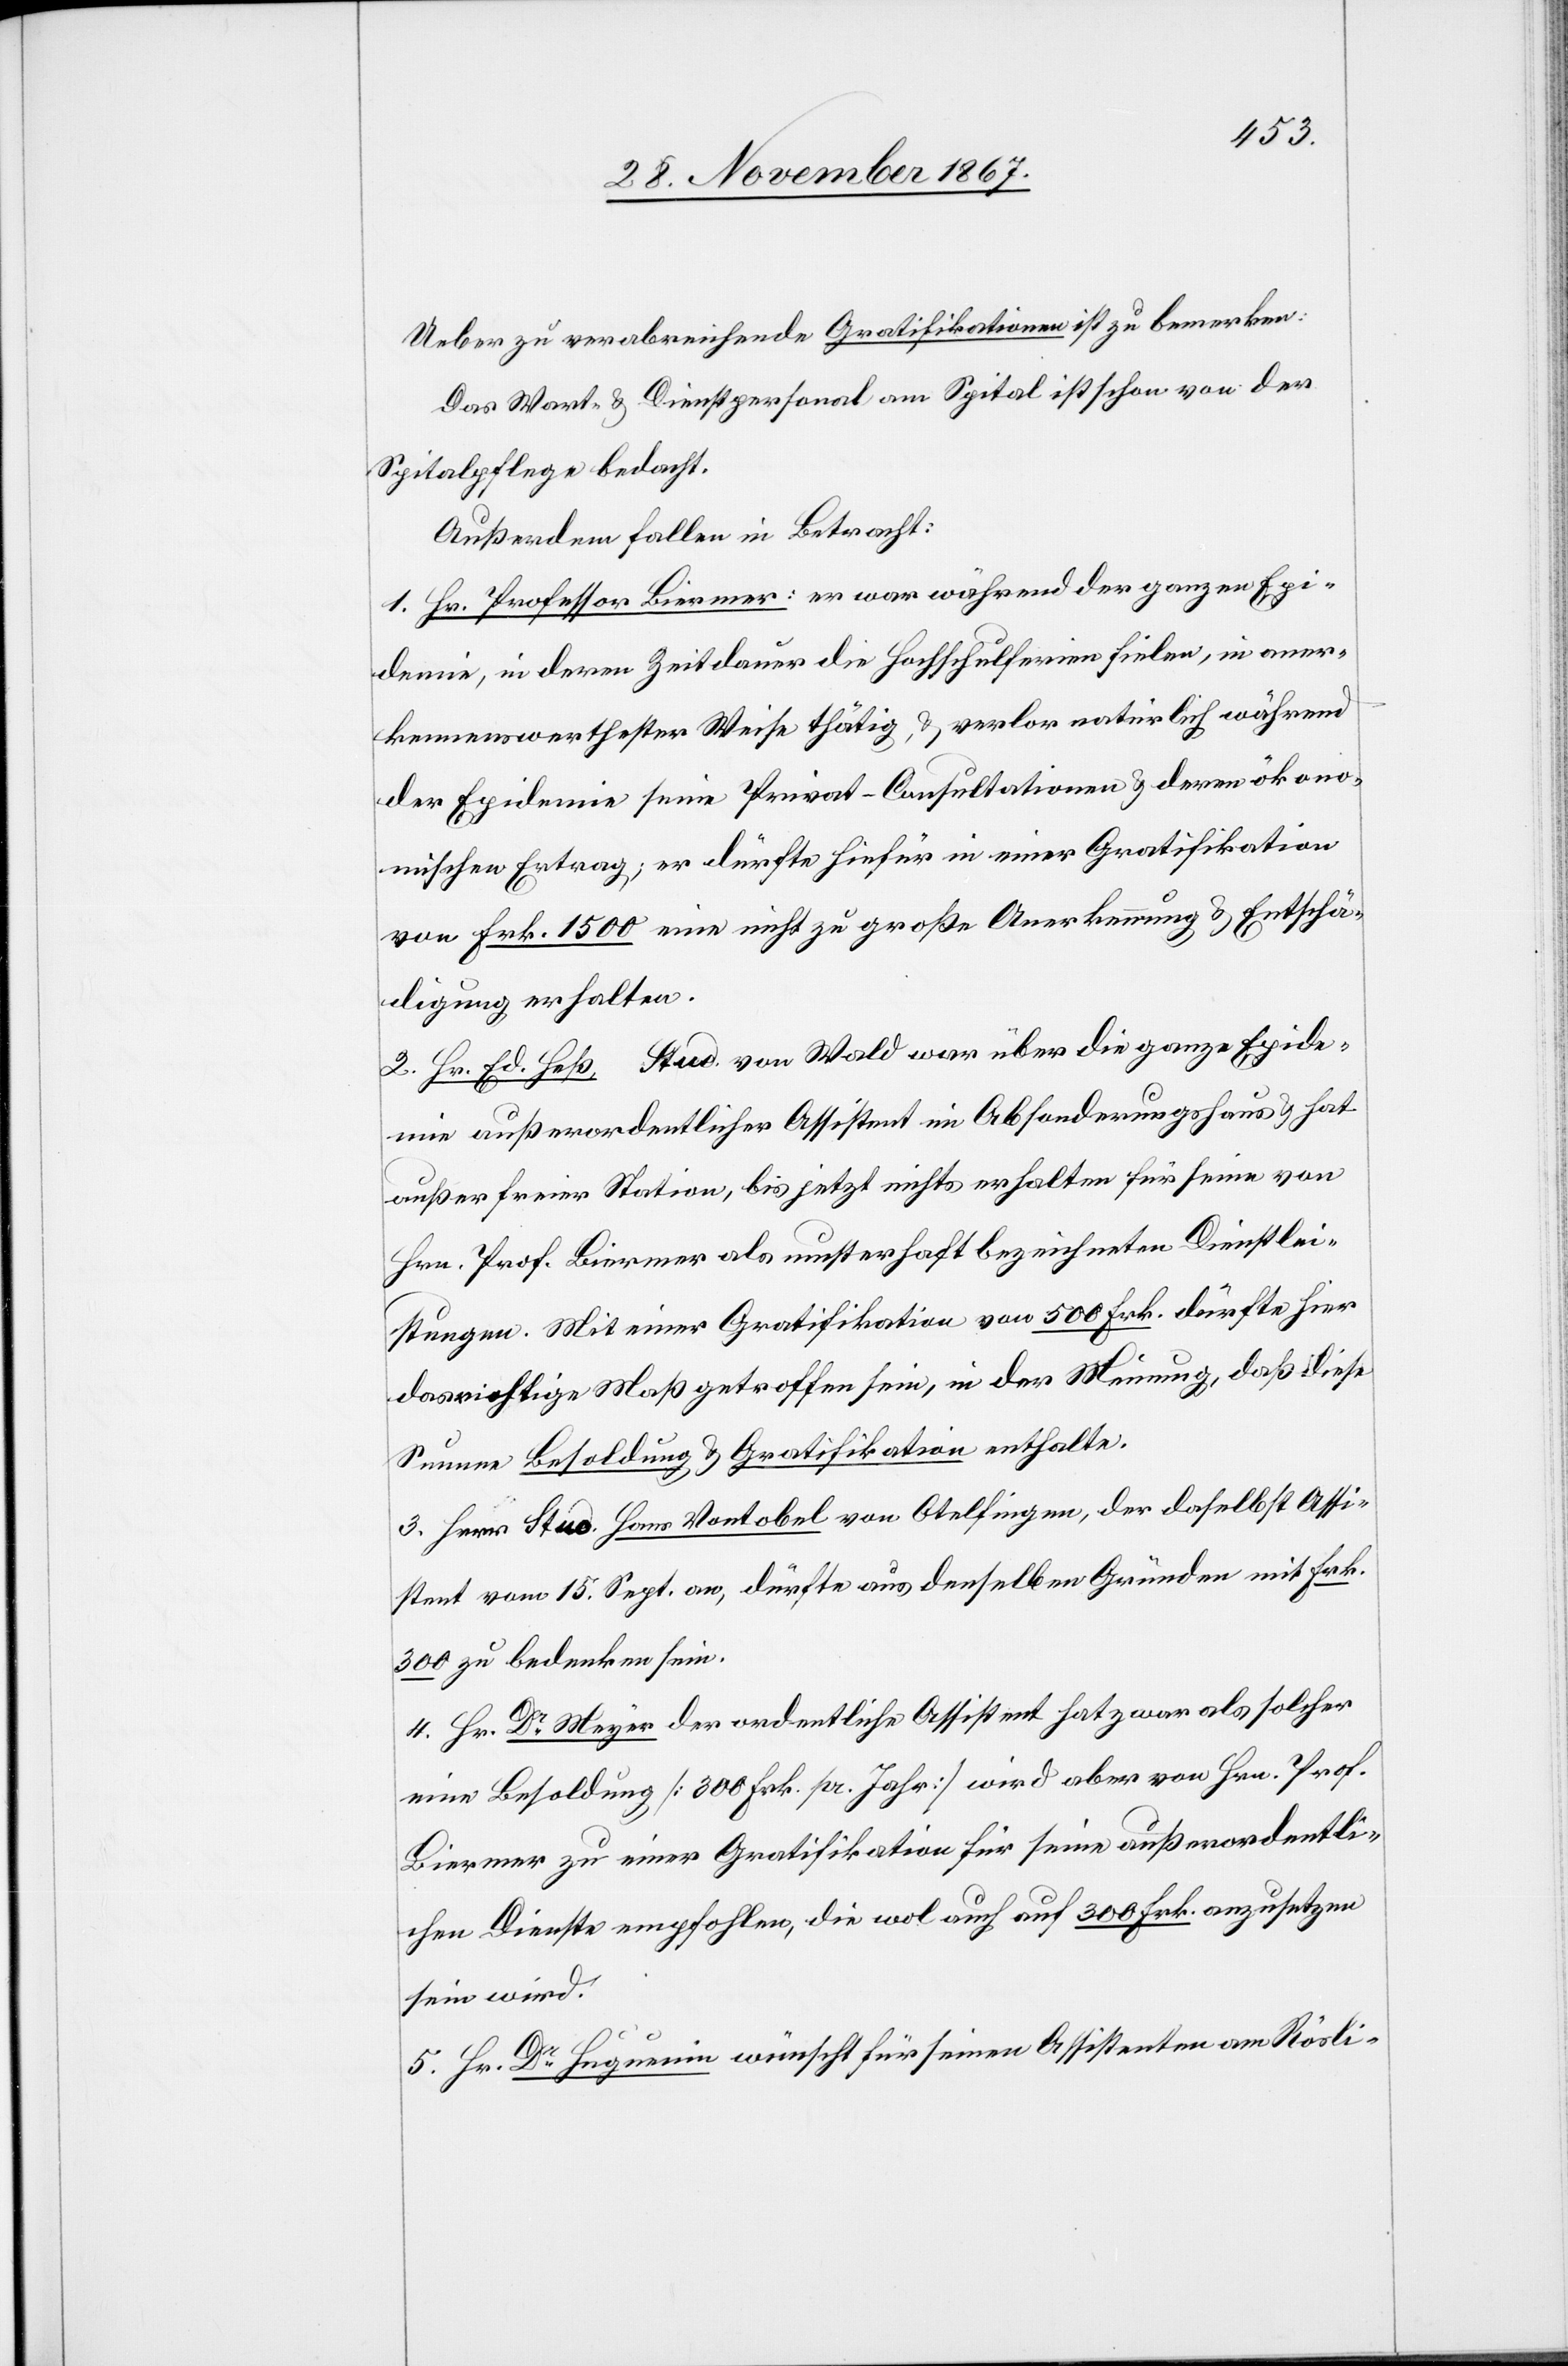
Ueber zu verabreichende Gratifikationen ist zu bemerken:
Das Wart- u. Dienstpersonal am Spital ist schon von der
Spitalpflege bedacht.
Außerdem fallen in Betracht:
1. Hr. Professor Birmer: er war während der ganzen Epi¬
demie, in deren Zeitdauer die Hochschulferien fielen, in aner¬
kennenswertester Weise thätig, u. verlor natürlich während
der Epidemie seine Privat-Consultationen u. deren ökono¬
mischen Ertrag; er dürfte hiefür in einer Gratifikation
von Frk. 1500 eine nicht zu große Anerkennung u. Entschä¬
digung erhalten.
2. Hr. Ed. Heß, stud. von Wald war über die ganze Epidemie
ein außerordentlicher Assistent im Absonderungshaus u. hat
außer freier Station, bis jetzt nichts erhalten für seine von
Hrn. Prof. Birmer als musterhaft bezeichnete Dienstlei¬
stungen. Mit einer Gratifikation von 500 Frk. dürfte hier
das richtige Maß getroffen sein, in der Meinung, daß diese
Summe Besoldung u. Gratifikation enthalte.
3. Herr stud. Hans Vontobel von Otelfingen, der daselbst Assi¬
stent vom 15. Sept. an, dürfte aus denselben Gründen mit Frk.
300 zu bedenken sein.
4. Hr. Dr. Meyer der ordentliche Assistent hat zwar als solcher
eine Besoldung [300 Frk. pr. Jahr] wird aber von Hrn. Prof.
Birmer zu einer Gratifikation für seine außerordentli¬
chen Dienste empfohlen, die wol auch auf 300 Frk. anzusetzen
sein wird.
5. Hr. Dr. Huguenin wünscht für seinen Assistenten am Rösli-